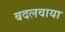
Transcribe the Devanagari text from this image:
बदलवाया